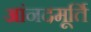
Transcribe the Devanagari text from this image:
आंनदमूर्ति